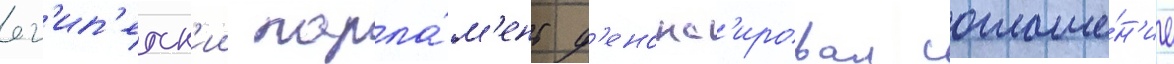
ег'ип'етск'ии парла́м'ент д'енонс'ировал соглаше́н'ие